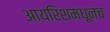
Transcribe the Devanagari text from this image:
आयरिशमधूनच